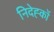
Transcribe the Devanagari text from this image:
निदेह्कों